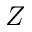
Z